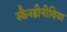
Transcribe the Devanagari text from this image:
स्कैनडीनीविया